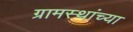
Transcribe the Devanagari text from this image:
ग्रामस्‍थांच्‍या